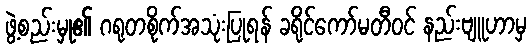
ဖွဲ့စည်းမှု၏ ဂရုတစိုက်အသုံးပြုရန် ခရိုင်ကော်မတီဝင် နည်းဗျူဟာမှ